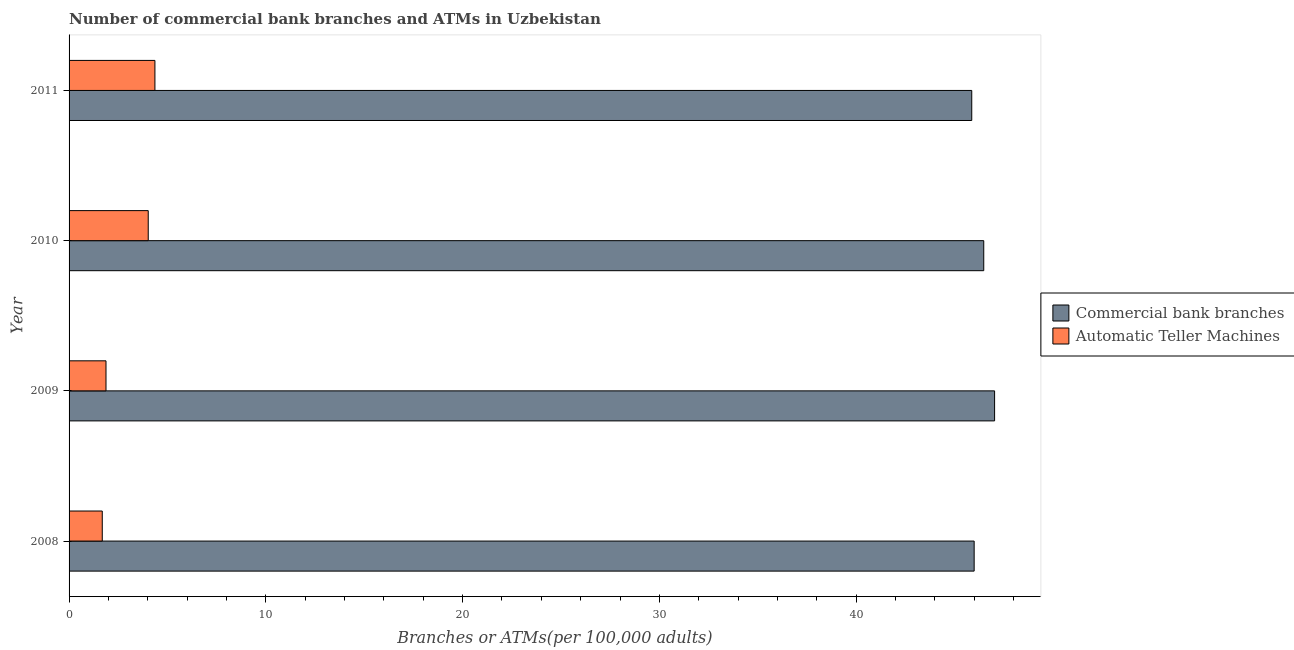
| Year | Commercial bank branches | Automatic Teller Machines |
 | --- | --- | --- |
 | 2008 | 46 | 1.69 |
 | 2009 | 47 | 1.88 |
 | 2010 | 46.5 | 4.02 |
 | 2011 | 45.9 | 4.36 |